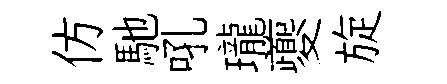
仿馳吼瓏夔旋